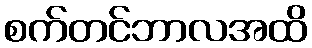
စက်တင်ဘာလအထိ